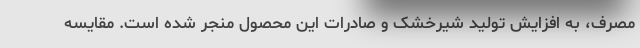
مصرف، به افزایش تولید شیرخشک و صادرات این محصول منجر شده است. مقایسه